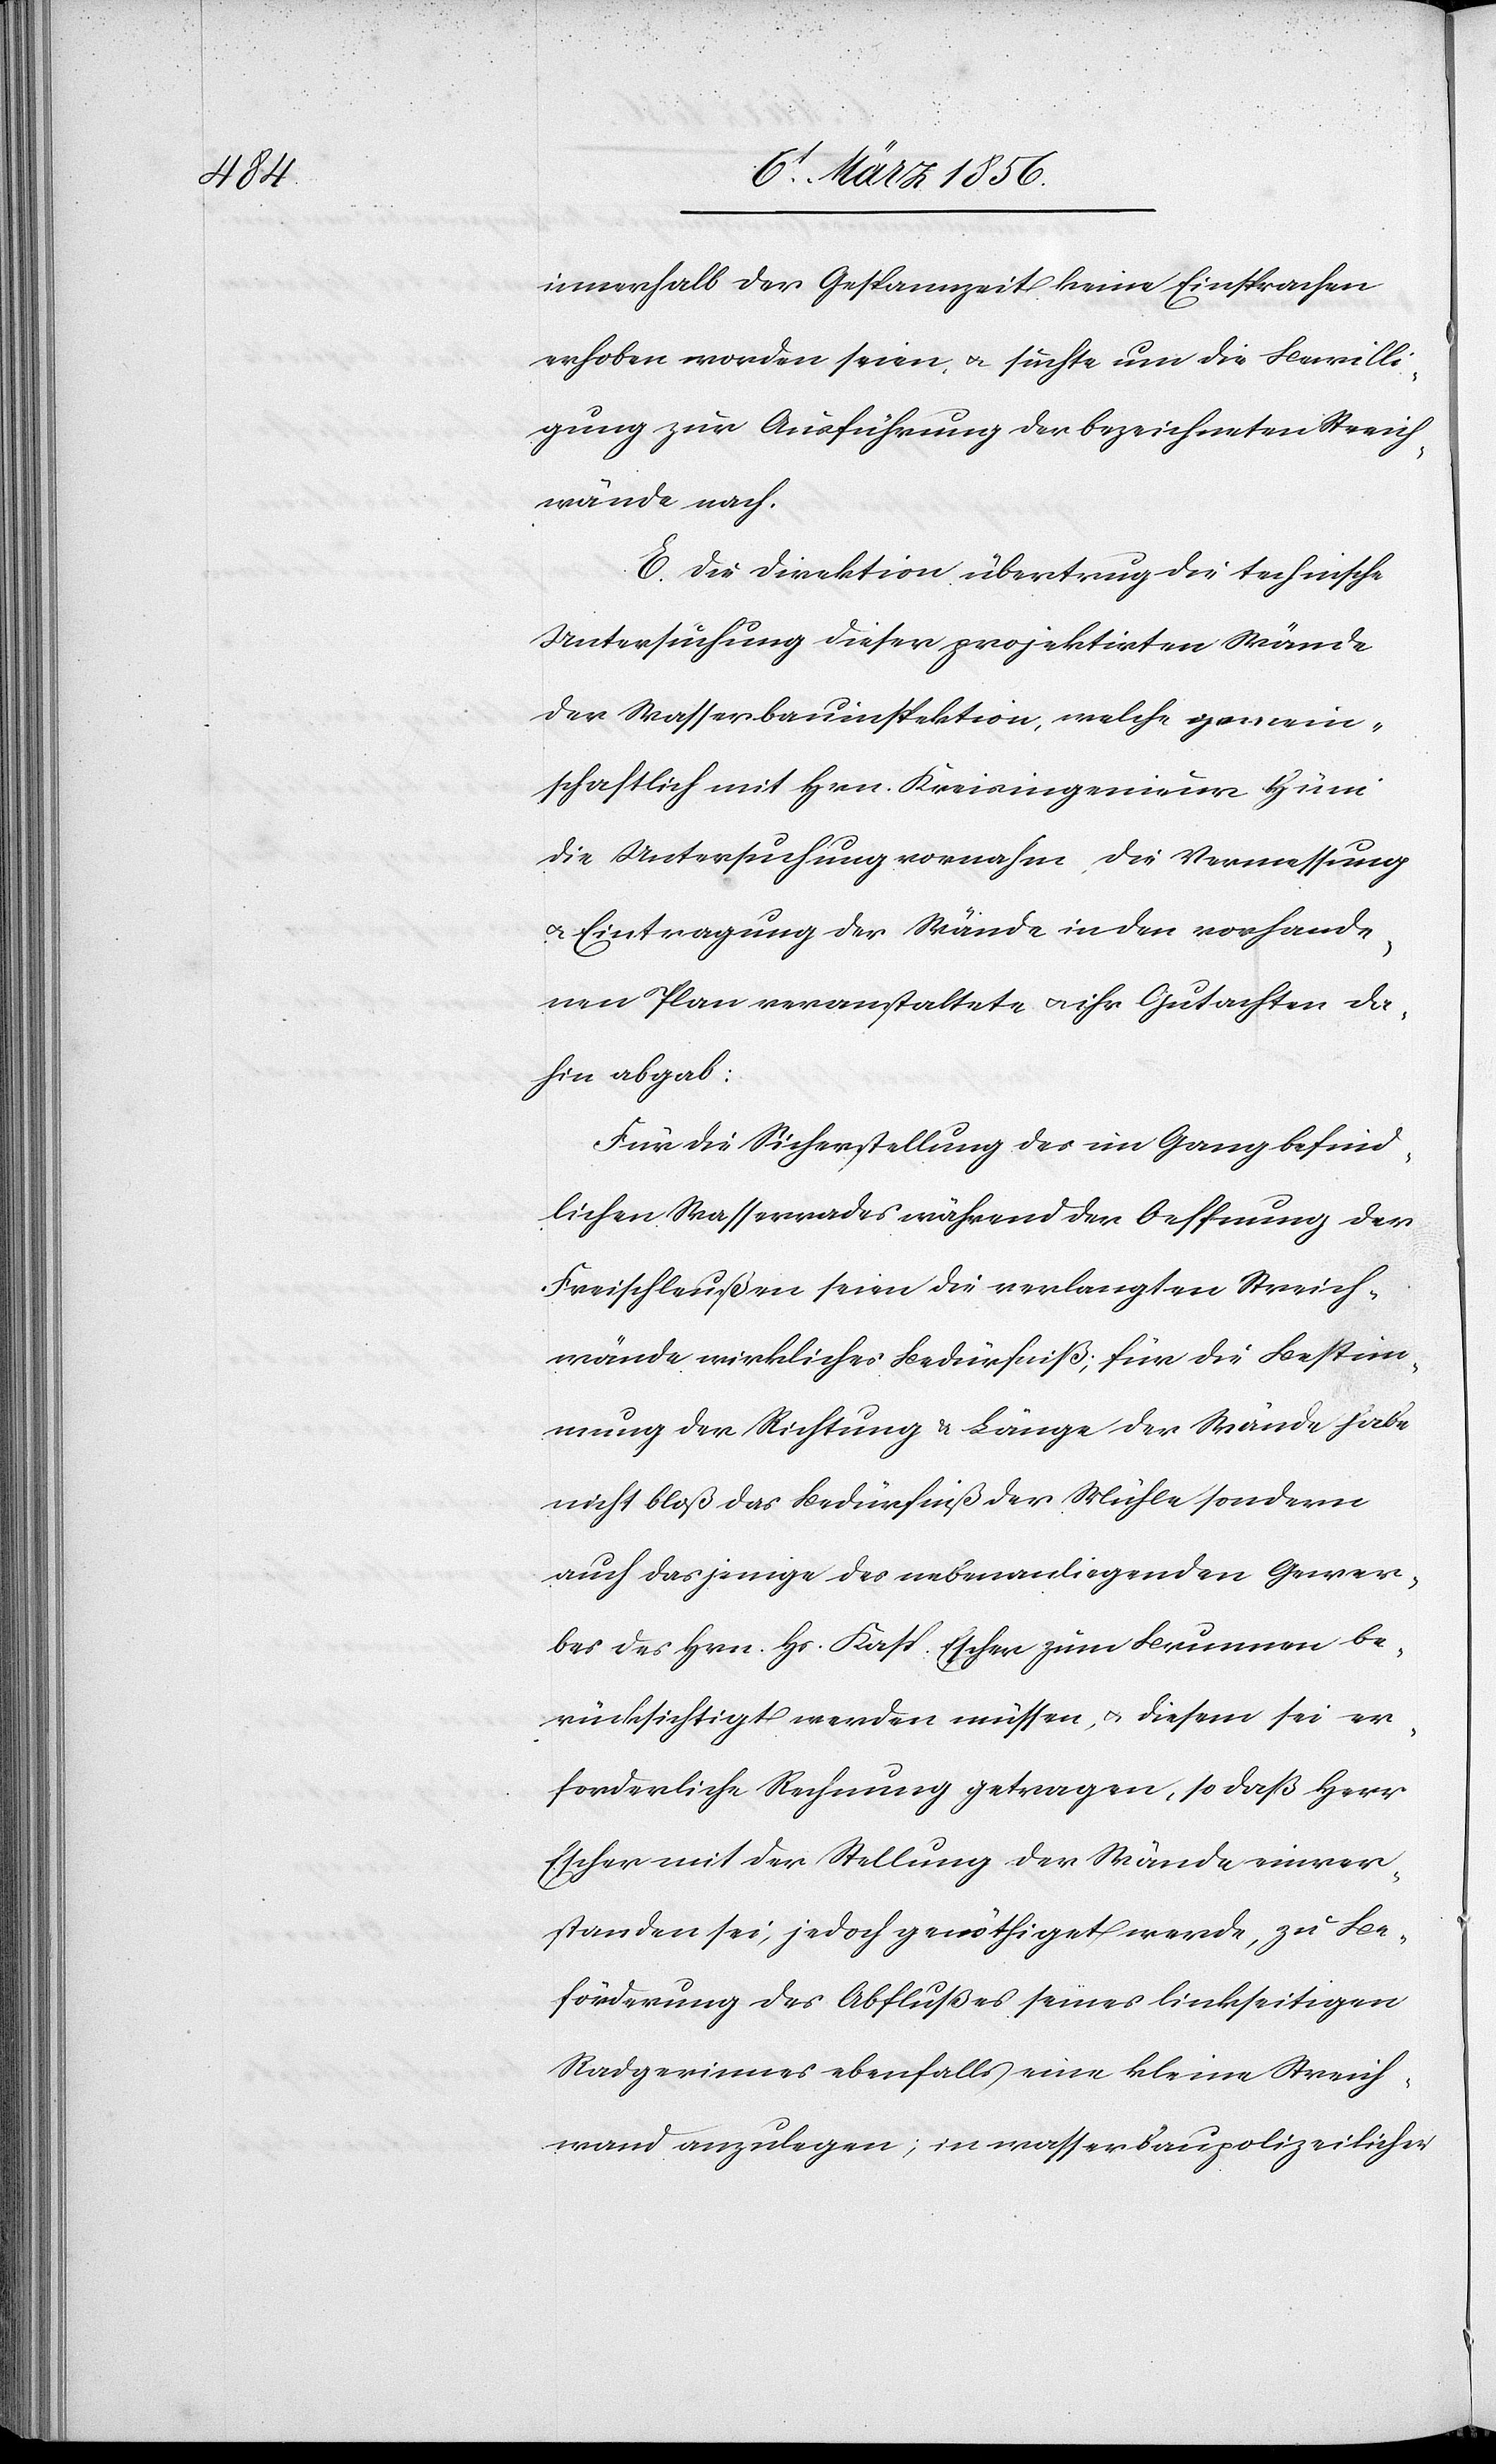
innerhalb der Gespannzeit keine Einsprachen
erhoben worden seien, u. suchte um die Bewilli¬
gung zur Ausführung der bezeichneten Streich¬
wände nach.
E. Die Direktion übertrug die technische
Untersuchung dieser projektirten Wände
der Wasserbauinspektion, welche gemein¬
schaftlich mit Hrn. Kreisingenieur Hüni
die Untersuchung vornahm, die Vermessung
u. Eintragung der Wände in den vorhande¬
nen Plan veranstaltete u. ihr Gutachten da¬
hin abgab:
Für die Sicherstellung des im Gang befind¬
lichen Wasserrades während der Oeffnung der
Freischleußen seien die verlangten Streich¬
wände wirkliches Bedürfniß; für die Bestim¬
mung der Richtung & Länge der Wände habe
nicht bloß das Bedürfniß der Mühle sondern
auch dasjenige des nebenanliegenden Gewer¬
bes des Hrn. Hs. Kasp. Escher zum Brunnen be¬
rücksichtigt werden müssen, u. diesem sei er¬
forderliche Rechnung getragen, so daß Herr
Escher mit der Stellung der Wände einver¬
standen sei, jedoch genöthiget werde, zu Be¬
förderung des Abflußes seines linkseitigen
Radgerinnes ebenfalls eine kleine Streich¬
wand anzulegen; in wasserbaupolizeilicher